Report of the Indian Hemp Drugs Commission, 1894-1895 - Volume IV
Year: 1894
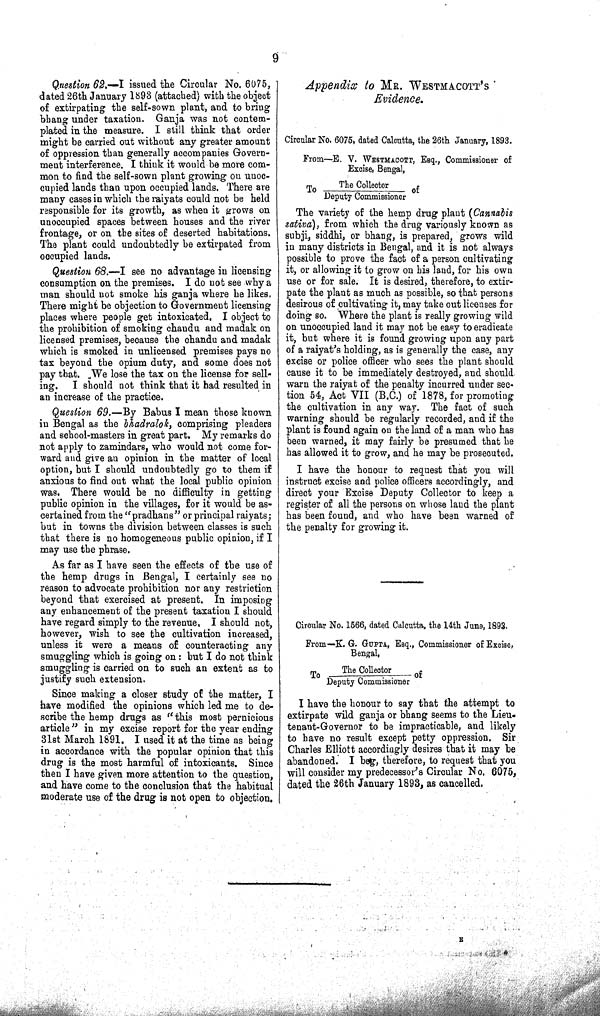
9
Question 62.— I issued the Circular No. 6075,
dated 26th January 1893 (attached) with the object
of extirpating the self-sown plant, and to bring
bhang under taxation. Ganja was not contem-
plated in the measure. I still think that order
might be carried out without any greater amount
of oppression than generally accompanies Govern-
ment interference. I think it would be more com-
mon to find the self-sown plant growing on unoc-
cupied lands than upon occupied lands. There are
many cases in which the raiyats could not be held
responsible for its growth, as when it grows on
unoccupied spaces between houses and the river
frontage, or on the sites of deserted habitations.
The plant could undoubtedly be extirpated from
occupied lands.
Question 68.—I see no advantage in licensing
consumption on the premises. I do not see why a
man should not smoke his ganja where he likes.
There might be objection to Government licensing
places where people get intoxicated. I object to
the prohibition of smoking chandu and madak on
licensed premises, because the chandu and madak
which is smoked in unlicensed premises pays no
tax beyond the opium duty, and some does not
pay that. We lose the tax on the license for sell-
ing.
I should not think that it had resulted in
an increase of the practice.
Question 69.—By Babus I mean those known
in Bengal as the bhadralok, comprising pleaders
and school-masters in great part. My remarks do
not apply to zamindars, who would not come for-
ward and give an opinion in the matter of local
option, but I should undoubtedly go to them if
anxious to find out what the local public opinion
was. There would be no difficulty in getting
public opinion in the villages, for it would be as-
certained from the "pradhans" or principal raiyats;
but in towns the division between classes is such
that there is no homogeneous public opinion, if I
may use the phrase.
As far as I have seen the effects of the use of
the hemp drugs in Bengal, I certainly see no
reason to advocate prohibition nor any restriction
beyond that exercised at present. In imposing
any enhancement of the present taxation I should
have regard simply to the revenue, I should not,
however, wish to see the cultivation increased,
unless it were a means of counteracting any
smuggling which is going on: but I do not think
smuggling is carried on to such an extent as to
justify such extension.
Since making a closer study of the matter, I
have modified the opinions which led me to de-
scribe the hemp drugs as "this most pernicious
article" in my excise report for the year ending
31st March 1891. I used it at the time as being
in accordance with the popular opinion that this
drug is the most harmful of intoxicants. Since
then I have given more attention to the question,
and have come to the conclusion that the habitual
moderate use of the drug is not open to objection.
Appendix to MR. WESTMACOTT'S
Evidence.
Circular No. 6075, dated Calcutta, the 26th January, 1893.
From—E. V. WESTMACOTT, Esq., Commissioner of
Excise, Bengal,
To
The Collector
of
Deputy Commissioner
The variety of the hemp drug plant (Cannabis
sativa), from which the drug variously known as
subji, siddhi, or bhang, is prepared, grows wild
in many districts in Bengal, and it is not always
possible to prove the fact of a person cultivating
it, or allowing it to grow on his land, for his own
use or for sale. It is desired, therefore, to extir-
pate the plant as much as possible, so that persons
desirous of cultivating it, may take out licenses for
doing so. Where the plant is really growing wild
on unoccupied land it may not be easy to eradicate
it, but where it is found growing upon any part
of a raiyat's holding, as is generally the case, any
excise or police officer who sees the plant should
cause it to be immediately destroyed, and should
warn the raiyat of the penalty incurred under sec-
tion 54, Act VII (B.C.) of 1878, for promoting
the cultivation in any way. The fact of such
warning should be regularly recorded, and if the
plant is found again on the land of a man who has
been warned, it may fairly be presumed that he
has allowed it to grow, and he may be prosecuted.
I have the honour to request that you will
instruct excise and police officers accordingly, and
direct your Excise Deputy Collector to keep a
register of all the persons on whose land the plant
has been found, and who have been warned of
the penalty for growing it.
Circular No. 1566, dated Calcutta, the 14th June, 1893.
From—K. G. GUPTA, Esq., Commissioner of Excise,
Bengal,
To
The Collector
of
Deputy Commissioner
I have the honour to say that the attempt to
extirpate wild ganja or bhang seems to the Lieu-
tenant-Governor to be impracticable, and likely
to have no result except petty oppression. Sir
Charles Elliott accordingly desires that it may be
abandoned. I beg, therefore, to request that you
will consider my predecessor's Circular No. 6075,
dated the 26th January 1893, as cancelled.